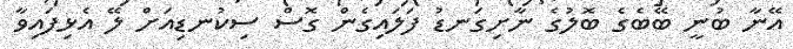
އޭނާ ބުނީ ބޭބެގެ ބޮލުގެ ނާށިގަނޑު ފަލައިގެން ގޮސް ސިކުނޑިއަށް ލޭ އެޅިފައިވާ